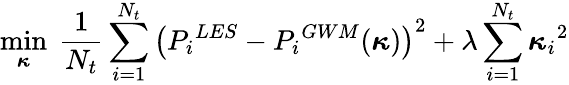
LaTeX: \operatorname*{min}_{{\boldsymbol{\kappa}}}\ \frac{1}{N_{t}}\sum_{i=1}^{N_{t}}\left({P_{i}}^{LES}-{P_{i}}^{GWM}(\boldsymbol{\kappa})\right)^{2}+\lambda\sum_{i=1}^{N_{t}}{\boldsymbol{\kappa}_{i}}^{2}